Vaccination in the Punjab 1883-1896 - 1883-1896
Year: 1883
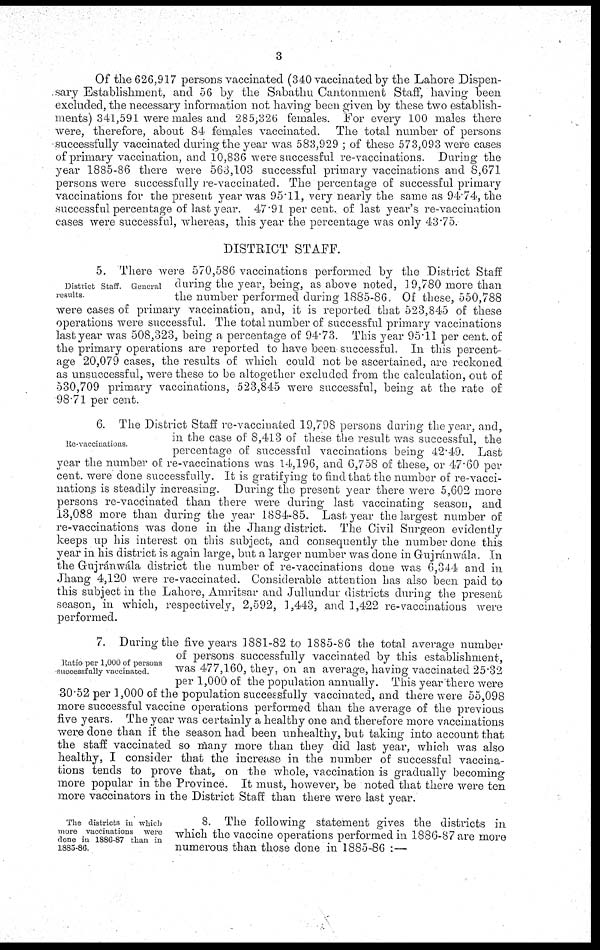
3
Of the 626,917 persons vaccinated (340 vaccinated by the Lahore Dispen-
sary Establishment, and 56 by the Sabathu Cantonment Staff, having been
excluded, the necessary information not having been given by these two establish-
ments) 341,591 were males and 285,326 females. For every 100 males there
were, therefore, about 84 females vaccinated. The total number of persons
successfully vaccinated during the year was 583,929 ; of these 573,093 were cases
of primary vaccination, and 10,836 were successful re-vaccinations. During the
year 1885-86 there were 563,103 successful primary vaccinations and 8,671
persons were successfully re-vaccinated. The percentage of successful primary
vaccinations for the present year was 95.11, very nearly the same as 94.74, the
successful percentage of last year. 47.91 per cent. of last year's re-vaccination
cases were successful, whereas, this year the percentage was only 43.75.
DISTRICT STAFF.
District Staff. General
results.
5. There were 570,586 vaccinations performed by the District Staff
during the year, being, as above noted, 19,780 more than
the number performed during 1885-86. Of these, 550,788
were cases of primary vaccination, and, it is reported that 523,845 of these
operations were successful. The total number of successful primary vaccinations
last year was 508,323, being a percentage of 94.73. This year 95.11 per cent. of
the primary operations are reported to have been successful. In this percent-
age 20,079 cases, the results of which could not be ascertained, are reckoned
as unsuccessful, were these to be altogether excluded from the calculation, out of
530,709 primary vaccinations, 523,845 were successful, being at the rate of
98.71 per cent.
Re-vaccinations.
6. The District Staff re-vaccinated 19,798 persons during the year, and,
in the case of 8,413 of these the result was successful, the
percentage of successful vaccinations being 42.49. Last
year the number of re-vaccinations was 14,196, and 6,758 of these, or 47.60 per
cent. were done successfully. It is gratifying to find that the number of re-vacci-
nations is steadily increasing. During the present year there were 5,602 more
persons re-vaccinated than there were during last vaccinating season, and
13,088 more than during the year 1884-85. Last year the largest number of
re-vaccinations was done in the Jhang district. The Civil Surgeon evidently
keeps up his interest on this subject, and consequently the number done this
year in his district is again large, but a larger number was done in Gujránwála. In
the Gujránwála district the number of re-vaccinations done was 6,344 and in
Jhang 4,120 were re-vaccinated. Considerable attention has also been paid to
this subject in the Lahore, Amritsar and Jullundur districts during the present
season, in which, respectively, 2,592, 1,443, and 1,422 re-vaccinations were
performed.
Ratio per 1,000 of persons
successfully vaccinated.
7. During the five years 1881-82 to 1885-86 the total average number
of persons successfully vaccinated by this establishment,
was 477,160, they, on an average, having vaccinated 25.32
per 1,000 of the population annually. This year there were
30.52 per 1,000 of the population successfully vaccinated, and there were 55,098
more successful vaccine operations performed than the average of the previous
five years. The year was certainly a healthy one and therefore more vaccinations
were done than if the season had been unhealthy, but taking into account that
the staff vaccinated so many more than they did last year, which was also
healthy, I consider that the increase in the number of successful vaccina-
tions tends to prove that, on the whole, vaccination is gradually becoming
more popular in the Province. It must, however, be noted that there were ten
more vaccinators in the District Staff than there were last year.
The districts in which
more vaccinations were
done in 1886-87 than in
1885-86.
8. The following statement gives the districts in
which the vaccine operations performed in 1886-87 are more
numerous than those done in 1885-86 :—